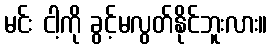
မင်း ငါ့ကို ခွင့်မလွတ်နိုင်ဘူးလား။